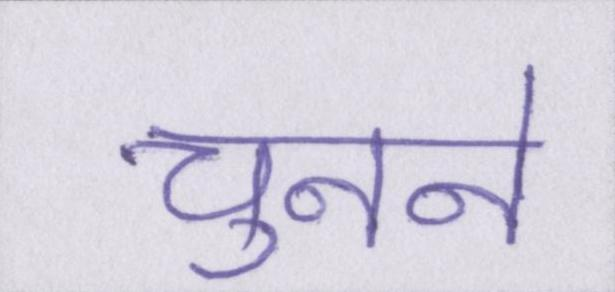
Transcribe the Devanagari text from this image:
चुनने